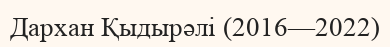
Дархан Қыдырәлі (2016—2022)